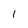
Character: 1